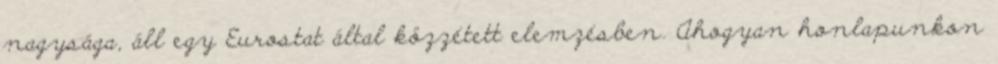
nagysága, áll egy Eurostat által közzétett elemzésben. Ahogyan honlapunkon